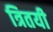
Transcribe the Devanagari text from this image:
त्रितयी